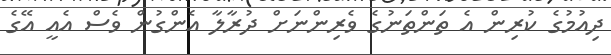
ދިއުމުގެ ކުރިން އެ ތަންތަނުގެ ވެރިންނަށް ދުރާލާ އެންގުން ވެސް އެއީ އޭގެ